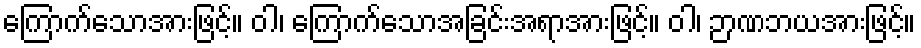
ကြောက်သောအားဖြင့်။ ဝါ၊ ကြောက်သောအခြင်းအရာအားဖြင့်။ ဝါ၊ ဉာဏဘယအားဖြင့်။